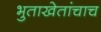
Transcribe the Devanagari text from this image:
भुताखेतांचाच